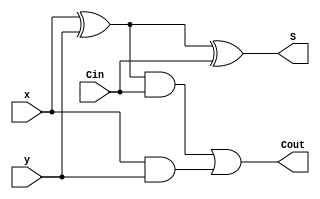
`timescale 1ns/100ps
module full_adder(
    input x,
    input y,
    input Cin,
    output Cout,
    output S
    );
  
  wire a,b,c;
  xor (a,x,y);
  and (b,x,y);
  xor (S,a,Cin);
  and (c,a,Cin);
  or  (Cout,c,b);
  
endmodule